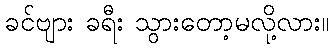
ခင်ဗျား ခရီး သွားတော့မလို့လား။